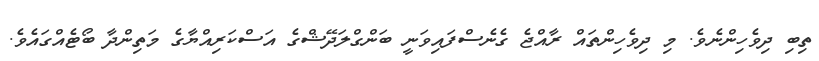
ތިބި ދިވެހިންނެވެ. މި ދިވެހިންތައް ރާއްޖެ ގެނެސްފައިވަނީ ބަންގްލަދޭޝްގެ އަސްކަރިއްްޔާގެ މަތިންދާ ބޯޓެއްގައެވެ.